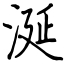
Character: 涎